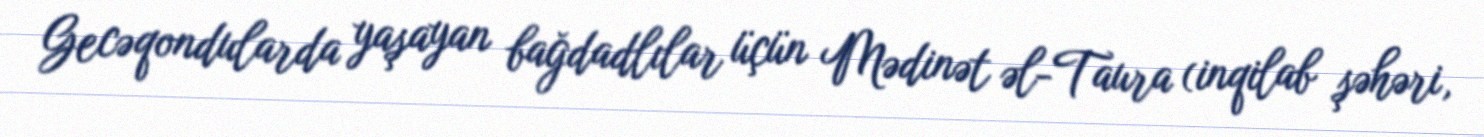
Gecəqondularda yaşayan bağdadlılar üçün Mədinət əl-Taura (inqilab şəhəri,